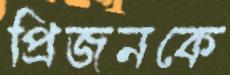
প্রিজনকে